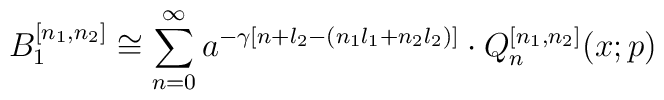
B_1^{[n_1,n_2]} \cong \sum^{\infty}_{n=0} a^{-\gamma[n+l_2-(n_1l_1+n_2l_2)]}\cdot Q_n^{[n_1,n_2]}(x;p)